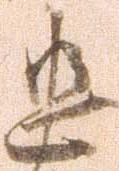
忠